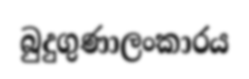
බුදුගුණාලංකාරය